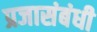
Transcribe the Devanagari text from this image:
प्रजासंबंधी